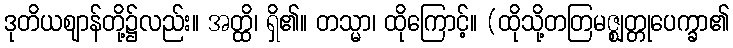
ဒုတိယဈာန်တို့၌လည်း။ အတ္ထိ၊ ရှိ၏။ တသ္မာ၊ ထိုကြောင့်။ (ထိုသို့တတြမဇ္ဈတ္တုပေက္ခာ၏